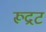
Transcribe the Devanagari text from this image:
रूद्रट